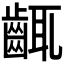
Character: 𪘛